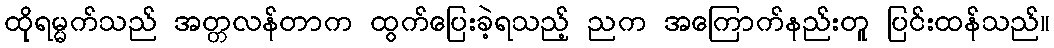
ထိုရမ္မက်သည် အတ္တလန်တာက ထွက်ပြေးခဲ့ရသည့် ညက အကြောက်နည်းတူ ပြင်းထန်သည်။